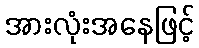
အားလုံးအနေဖြင့်